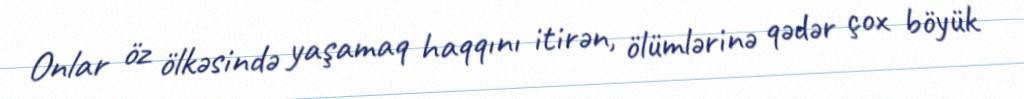
Onlar öz ölkəsində yaşamaq haqqını itirən, ölümlərinə qədər çox böyük